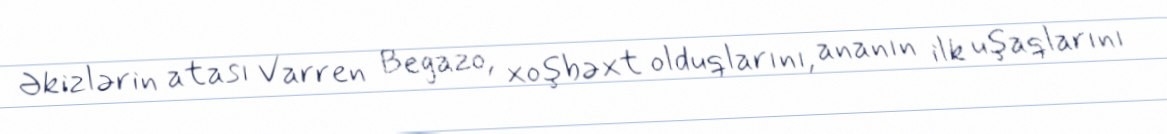
Əkizlərin atası Varren Begazo, xoşbəxt olduqlarını, ananın ilk uşaqlarını